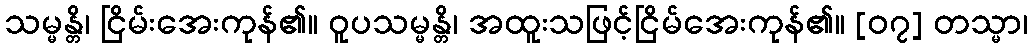
သမ္မန္တိ၊ ငြိမ်းအေးကုန်၏။ ဝူပသမ္မန္တိ၊ အထူးသဖြင့်ငြိမ်အေးကုန်၏။ [၀၇] တသ္မာ၊